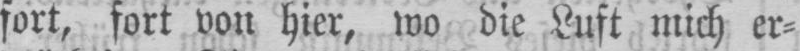
fort, fort von hier, wo die Luft mich er⸗